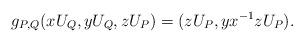
LaTeX: \begin{align*} g_{P,Q}(xU_Q, yU_Q, zU_P) = (zU_P, yx^{-1}zU_P). \end{align*}